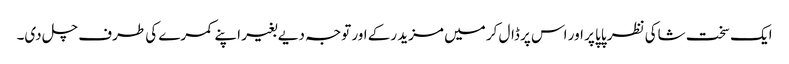
ایک سخت شاکی نظر پاپا پر اور اس پر ڈال کر میں مزید رکے اور توجہ دیے بغیر اپنے کمرے کی طرف چل دی۔